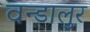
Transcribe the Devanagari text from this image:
वन्डालुर